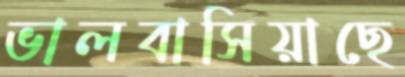
ভালবাসিয়াছে